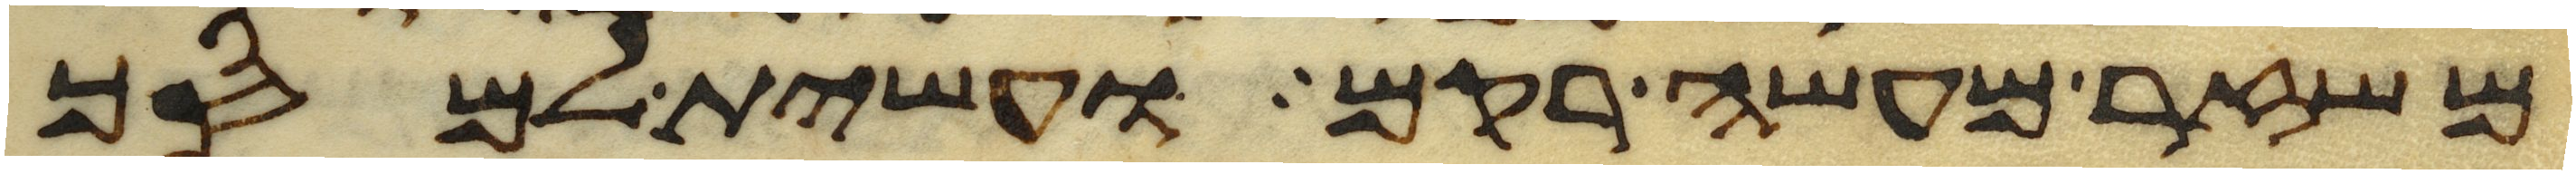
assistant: משזר מעשה רקם ועשית למסך